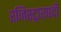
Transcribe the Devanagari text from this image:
रजिस्ट्रारपदी